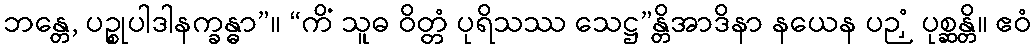
ဘန္တေ, ပဉ္စုပါဒါနက္ခန္ဓာ”။ “ကိံ သူဓ ဝိတ္တံ ပုရိသဿ သေဋ္ဌ”န္တိအာဒိနာ နယေန ပဉှံ ပုစ္ဆန္တိ။ ဧဝံ